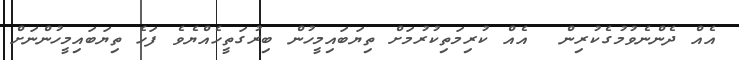
އެއް ދެންނެވުމުގެކުރިން  އެއް ކުރިމަތިކުރުމަށް ތިޔަބައިމީހުން ބިރުގަތީހެއްޔެވެ ފަހެ ތިޔަބައިމީހުންނަށް